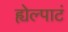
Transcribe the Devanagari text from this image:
ह्येल्पाटं